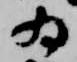
為